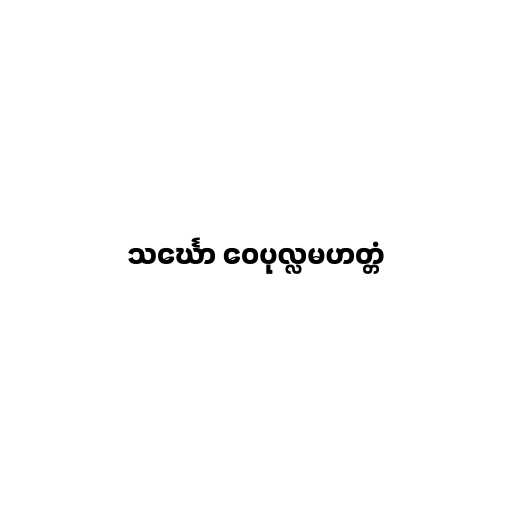
သင်္ဃော ဝေပုလ္လမဟတ္တံ